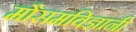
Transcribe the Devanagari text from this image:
मौसमविज्ञानी